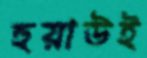
হুয়াউই